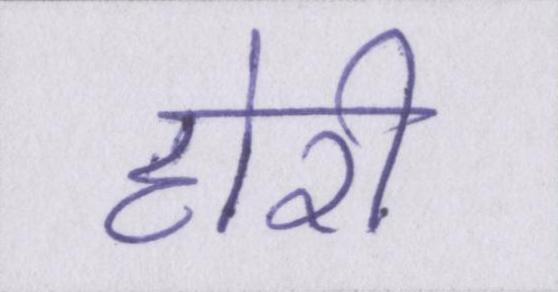
होरी